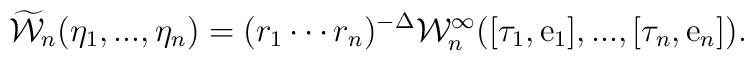
\widetilde {\cal W}_n (\eta_1,...,\eta_n) = (r_1 \cdots r_n)^{-\Delta}{\cal W}_n^{\infty}([\tau_1,{\rm e}_1],...,[\tau_n,{\rm e}_n]).